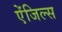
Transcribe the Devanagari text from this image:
ऐंजिल्‍स